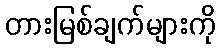
တားမြစ်ချက်များကို